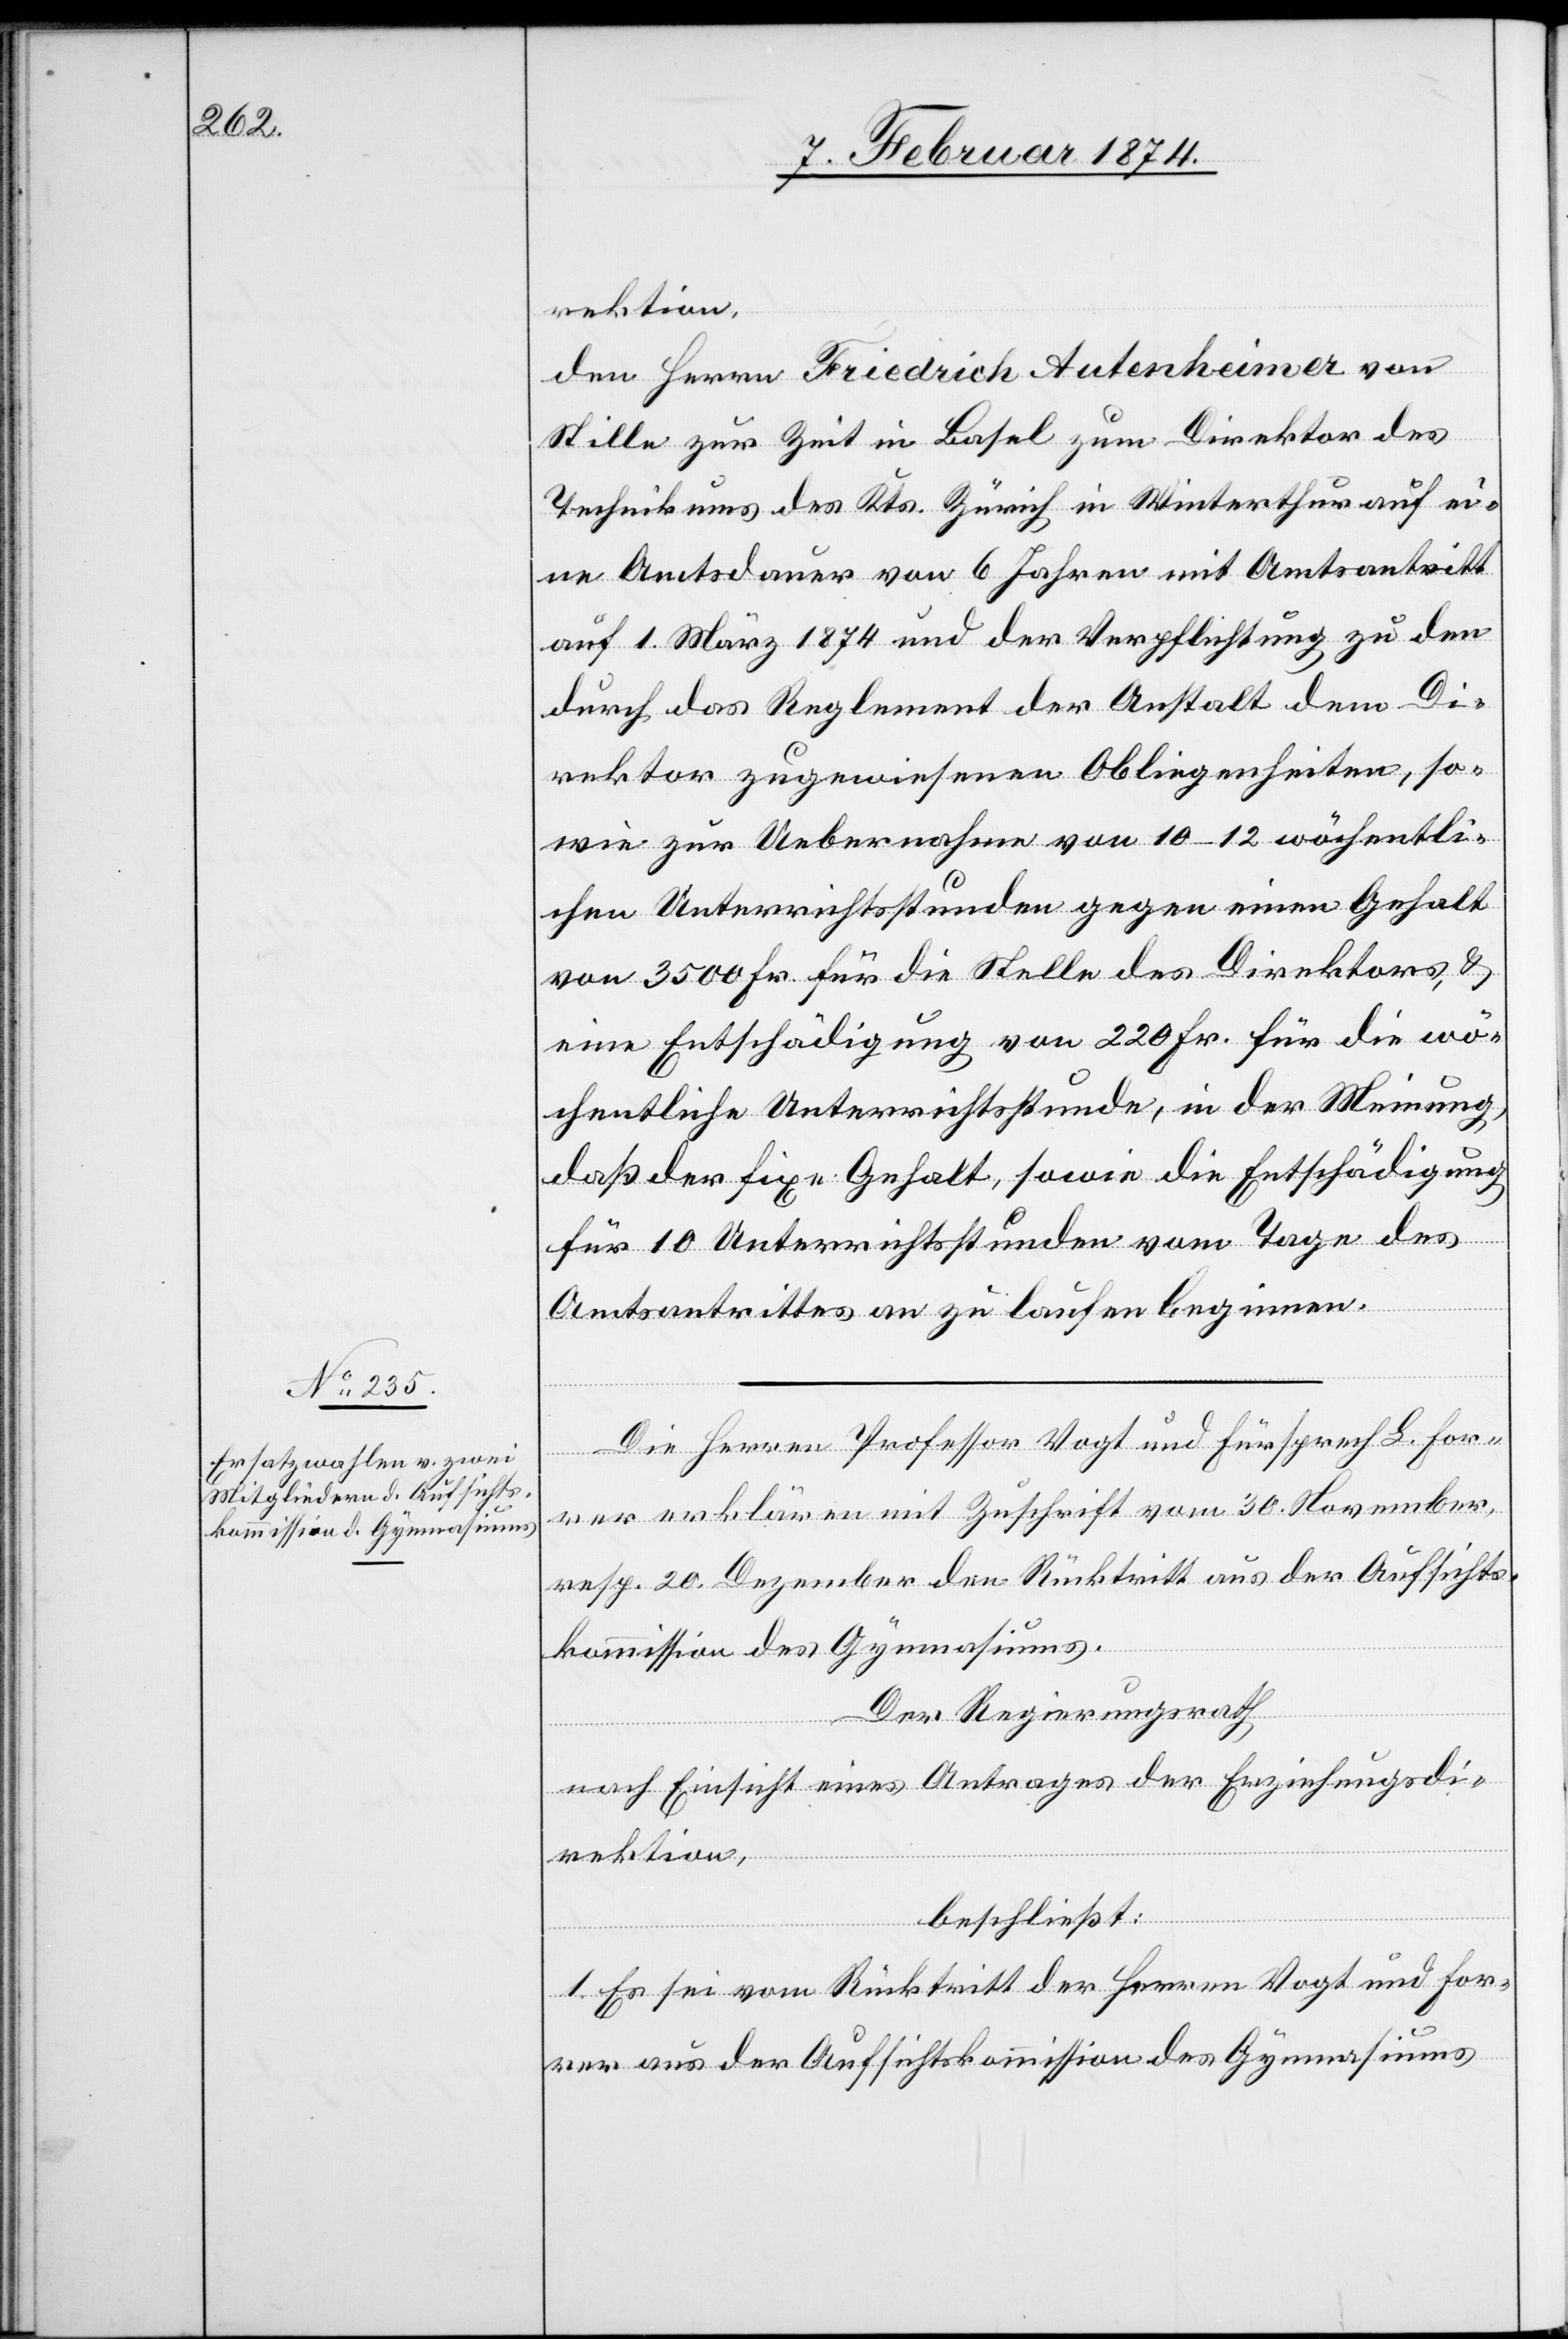
rektion,
den Herrn Friedrich Autenheimer von
Stille zur Zeit in Basel zum Direktor des
Technikums des Kts. Zürich in Winterthur auf ei¬
ne Amtsdauer von 6 Jahren mit Amtsantritt
auf 1. März 1874 und der Verpflichtung zu den
durch das Reglement der Anstalt dem Di¬
rektor zugewiesenen Obliegenheiten, so¬
wie zur Uebernahme von 10–12 wöchentli¬
chen Unterrichtsstunden gegen einen Gehalt
von 3500 Fr. für die Stelle des Direktors, u.
eine Entschädigung von 220 Fr. für die wö¬
chentliche Unterrichtsstunde, in der Meinung,
daß der fixe Gehalt, sowie die Entschädigung
für 10 Unterrichtsstunden vom Tage des
Amtsantrittes an zu laufen beginnen.
Die Herren Professor Vogt und Fürsprech L. For¬
rer erklären mit Zuschrift vom 30 November,
resp. 20. Dezember den Rücktritt aus der Aufsichts¬
kommission des Gymnasiums.
Der Regierungsrath,
nach Einsicht eines Antrages der Erziehungsdi¬
rektion,
beschließt:
1. Es sei vom Rücktritt der Herren Vogt und For¬
rer aus der Aufsichtskommission des Gymnasiums